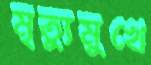
মৃত্যুমুখে